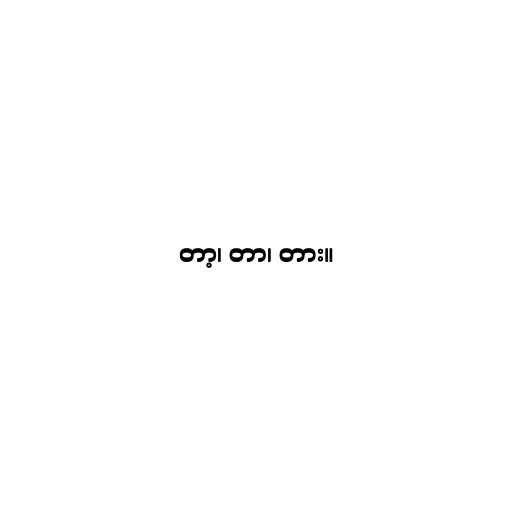
တာ့၊ တာ၊ တား။